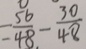
= \frac { 5 6 } { 4 8 } - \frac { 3 0 } { 4 8 }